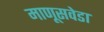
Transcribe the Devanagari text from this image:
माणूसवेडा